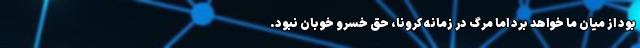
بود از میان ما خواهد برد اما مرگ در زمانه کرونا، حق خسرو خوبان نبود.